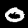
Digit: 0